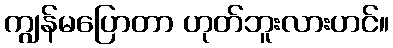
ကျွန်မပြောတာ ဟုတ်ဘူးလားဟင်။